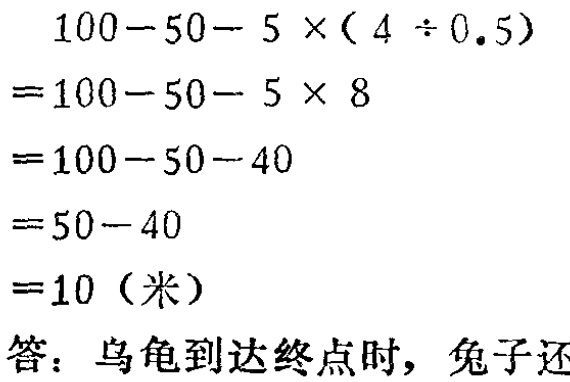
\[
\begin{align*}
&100 - 50 - 5\times(4\div0.5)\\
=&100 - 50 - 5\times8\\
=&100 - 50 - 40\\
=&50 - 40\\
=&10 (\text{米})
\end{align*}
\]
答：乌龟到达终点时，兔子还